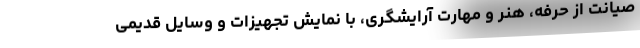
صیانت از حرفه، هنر و مهارت آرایشگری، با نمایش تجهیزات و وسایل قدیمی